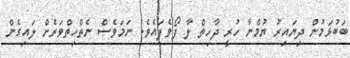
ބަބުޅަމުން ދިޔައިރު ޔުމްނާ ހުރީ ދާހިތް ލާ ފޯވެފައެވެ. ނަމަވެސް ނެތްހިތްވަރެށް ލައިގެން